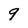
Character: 9